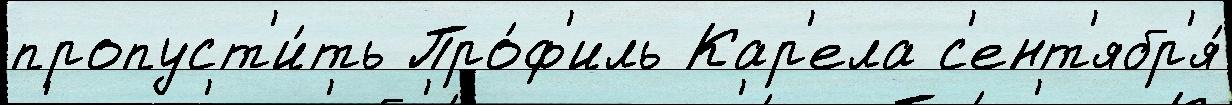
пропуст'и́ть Про́ф'иль Кар'ела с'ент'ябр'я́